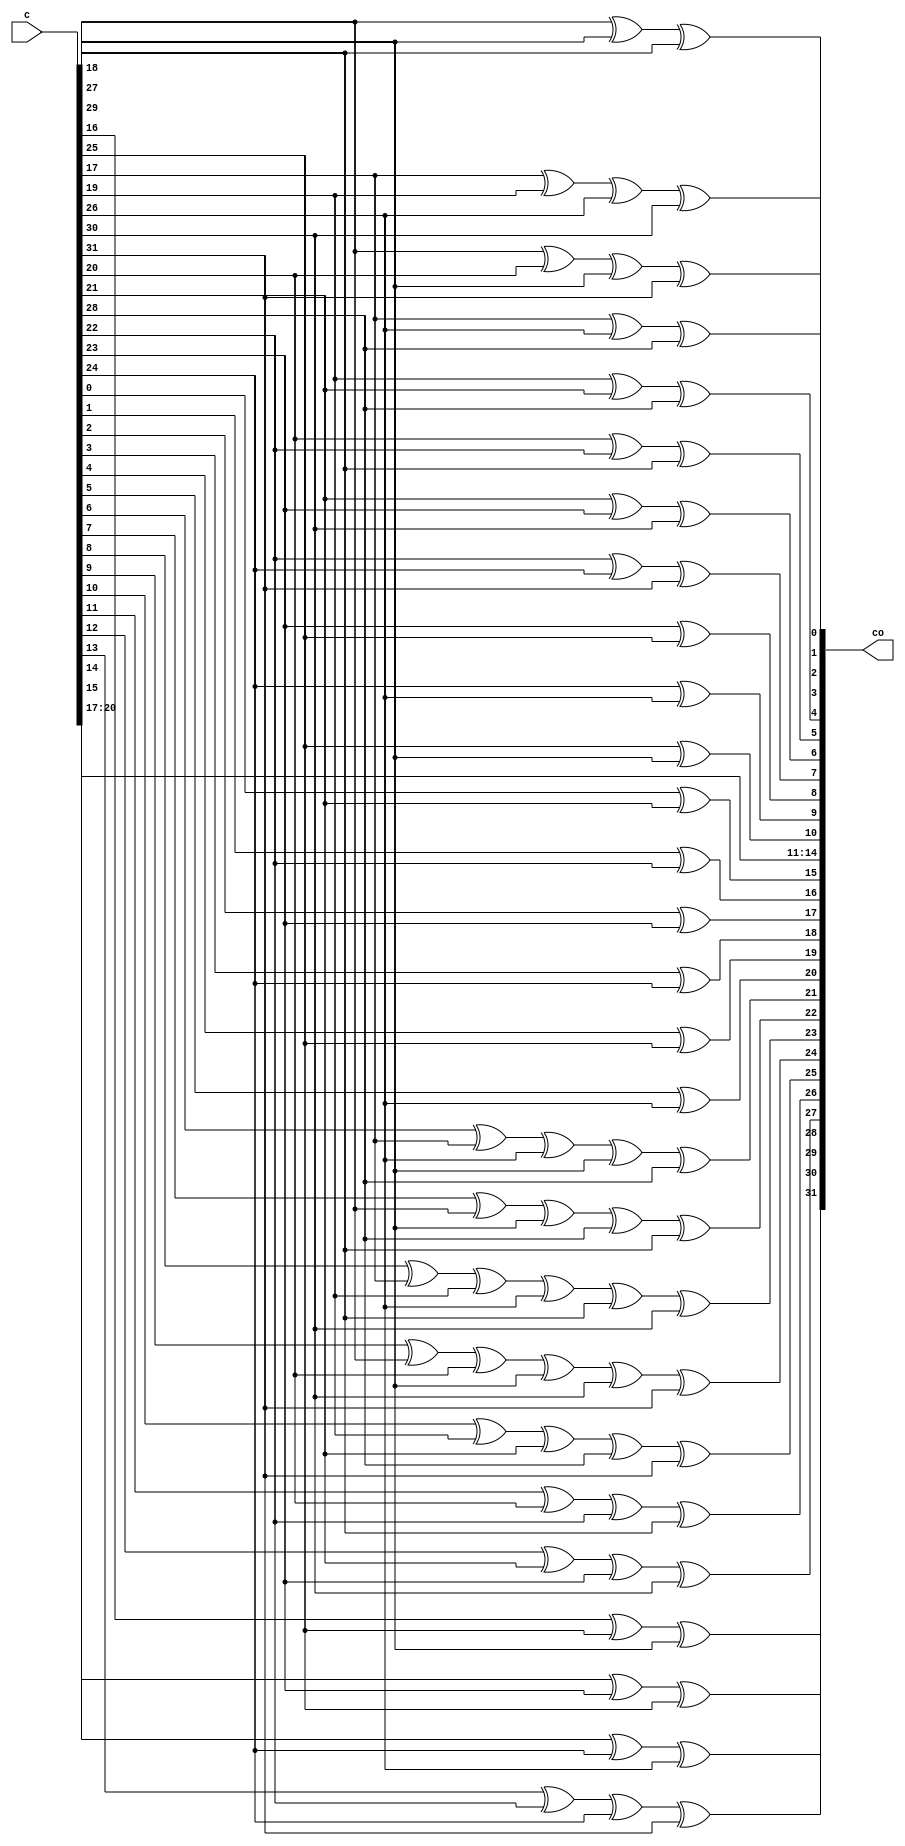
module fec_rot_15 (
    input [31:0] c,
    output [31:0] co
);

assign co[0] =
    c[17] ^ c[26] ^ c[28];

assign co[1] =
    c[18] ^ c[27] ^ c[29];

assign co[2] =
    c[17] ^ c[19] ^ c[26] ^ c[30];

assign co[3] =
    c[18] ^ c[20] ^ c[27] ^ c[31];

assign co[4] =
    c[19] ^ c[21] ^ c[28];

assign co[5] =
    c[20] ^ c[22] ^ c[29];

assign co[6] =
    c[21] ^ c[23] ^ c[30];

assign co[7] =
    c[22] ^ c[24] ^ c[31];

assign co[8] =
    c[23] ^ c[25];

assign co[9] =
    c[24] ^ c[26];

assign co[10] =
    c[25] ^ c[27];

assign co[11] =
    c[17];

assign co[12] =
    c[18];

assign co[13] =
    c[19];

assign co[14] =
    c[20];

assign co[15] =
    c[0] ^ c[21];

assign co[16] =
    c[1] ^ c[22];

assign co[17] =
    c[2] ^ c[23];

assign co[18] =
    c[3] ^ c[24];

assign co[19] =
    c[4] ^ c[25];

assign co[20] =
    c[5] ^ c[26];

assign co[21] =
    c[6] ^ c[17] ^ c[26] ^ c[27] ^ c[28];

assign co[22] =
    c[7] ^ c[18] ^ c[27] ^ c[28] ^ c[29];

assign co[23] =
    c[8] ^ c[17] ^ c[19] ^ c[26] ^ c[29] ^ c[30];

assign co[24] =
    c[9] ^ c[18] ^ c[20] ^ c[27] ^ c[30] ^ c[31];

assign co[25] =
    c[10] ^ c[19] ^ c[21] ^ c[28] ^ c[31];

assign co[26] =
    c[11] ^ c[20] ^ c[22] ^ c[29];

assign co[27] =
    c[12] ^ c[21] ^ c[23] ^ c[30];

assign co[28] =
    c[13] ^ c[22] ^ c[24] ^ c[31];

assign co[29] =
    c[14] ^ c[23] ^ c[25];

assign co[30] =
    c[15] ^ c[24] ^ c[26];

assign co[31] =
    c[16] ^ c[25] ^ c[27];

endmodule